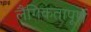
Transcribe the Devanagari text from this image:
लैंगिकतापूर्ण